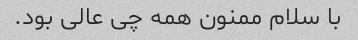
با سلام ممنون همه چی عالی بود.